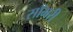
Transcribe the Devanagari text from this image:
साँभरी